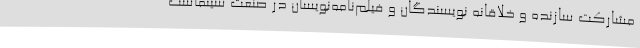
مشارکت سازنده و خلاقانه‌ نویسندگان و فیلم‌نامه‌نویسان در صنعت سینماست